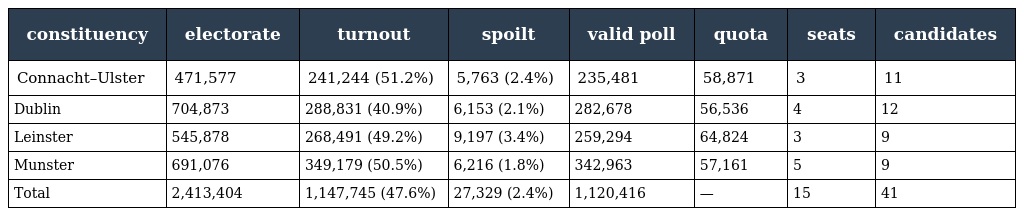
| constituency | electorate | turnout | spoilt | valid poll | quota | seats | candidates |
 | --- | --- | --- | --- | --- | --- | --- | --- |
 | Connacht–Ulster | 471,577 | 241,244 (51.2%) | 5,763 (2.4%) | 235,481 | 58,871 | 3 | 11 |
 | Dublin | 704,873 | 288,831 (40.9%) | 6,153 (2.1%) | 282,678 | 56,536 | 4 | 12 |
 | Leinster | 545,878 | 268,491 (49.2%) | 9,197 (3.4%) | 259,294 | 64,824 | 3 | 9 |
 | Munster | 691,076 | 349,179 (50.5%) | 6,216 (1.8%) | 342,963 | 57,161 | 5 | 9 |
 | Total | 2,413,404 | 1,147,745 (47.6%) | 27,329 (2.4%) | 1,120,416 | — | 15 | 41 |